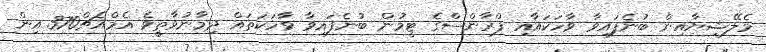
މެލޭޝިޔާއިން ބުނެފައިވާ ވާހަކައާއި ފްރާންސްގެ ޓީމުން ބުނެފައިވާ ވާހަކަތައް ދިމާނުވާތީވެ އެމްއެޗް370 އިން